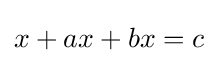
x+ax+bx=c